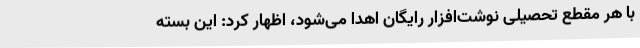
با هر مقطع تحصیلی نوشت‌افزار رایگان اهدا می‌شود، اظهار کرد: این بسته